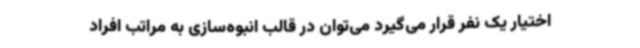
اختیار یک نفر قرار می‌گیرد می‌توان در قالب انبوه‌سازی به مراتب افراد